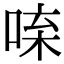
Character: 𠴬